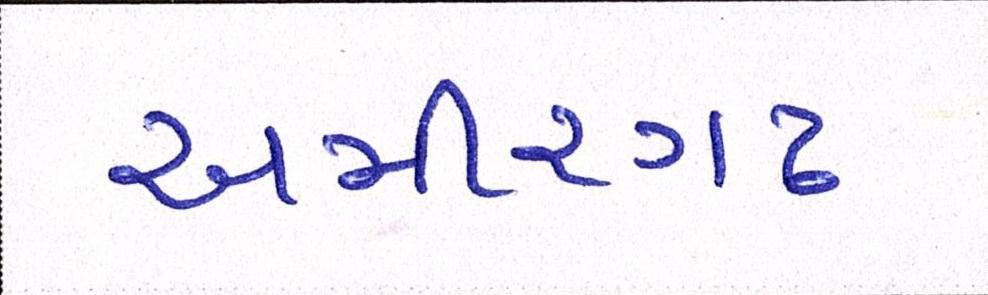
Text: અમીરગઢ